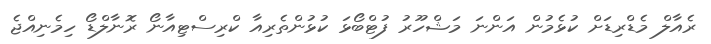
ރެއާލް މެޑްރިޑަށް ކުޅެމުން އަންނަ މަޝްހޫރު ފުޓްބޯޅަ ކުޅުންތެރިއާ ކްރިސްޓިއާނޯ ރޮނާލްޑޯ ހިމެނިއްޖެ